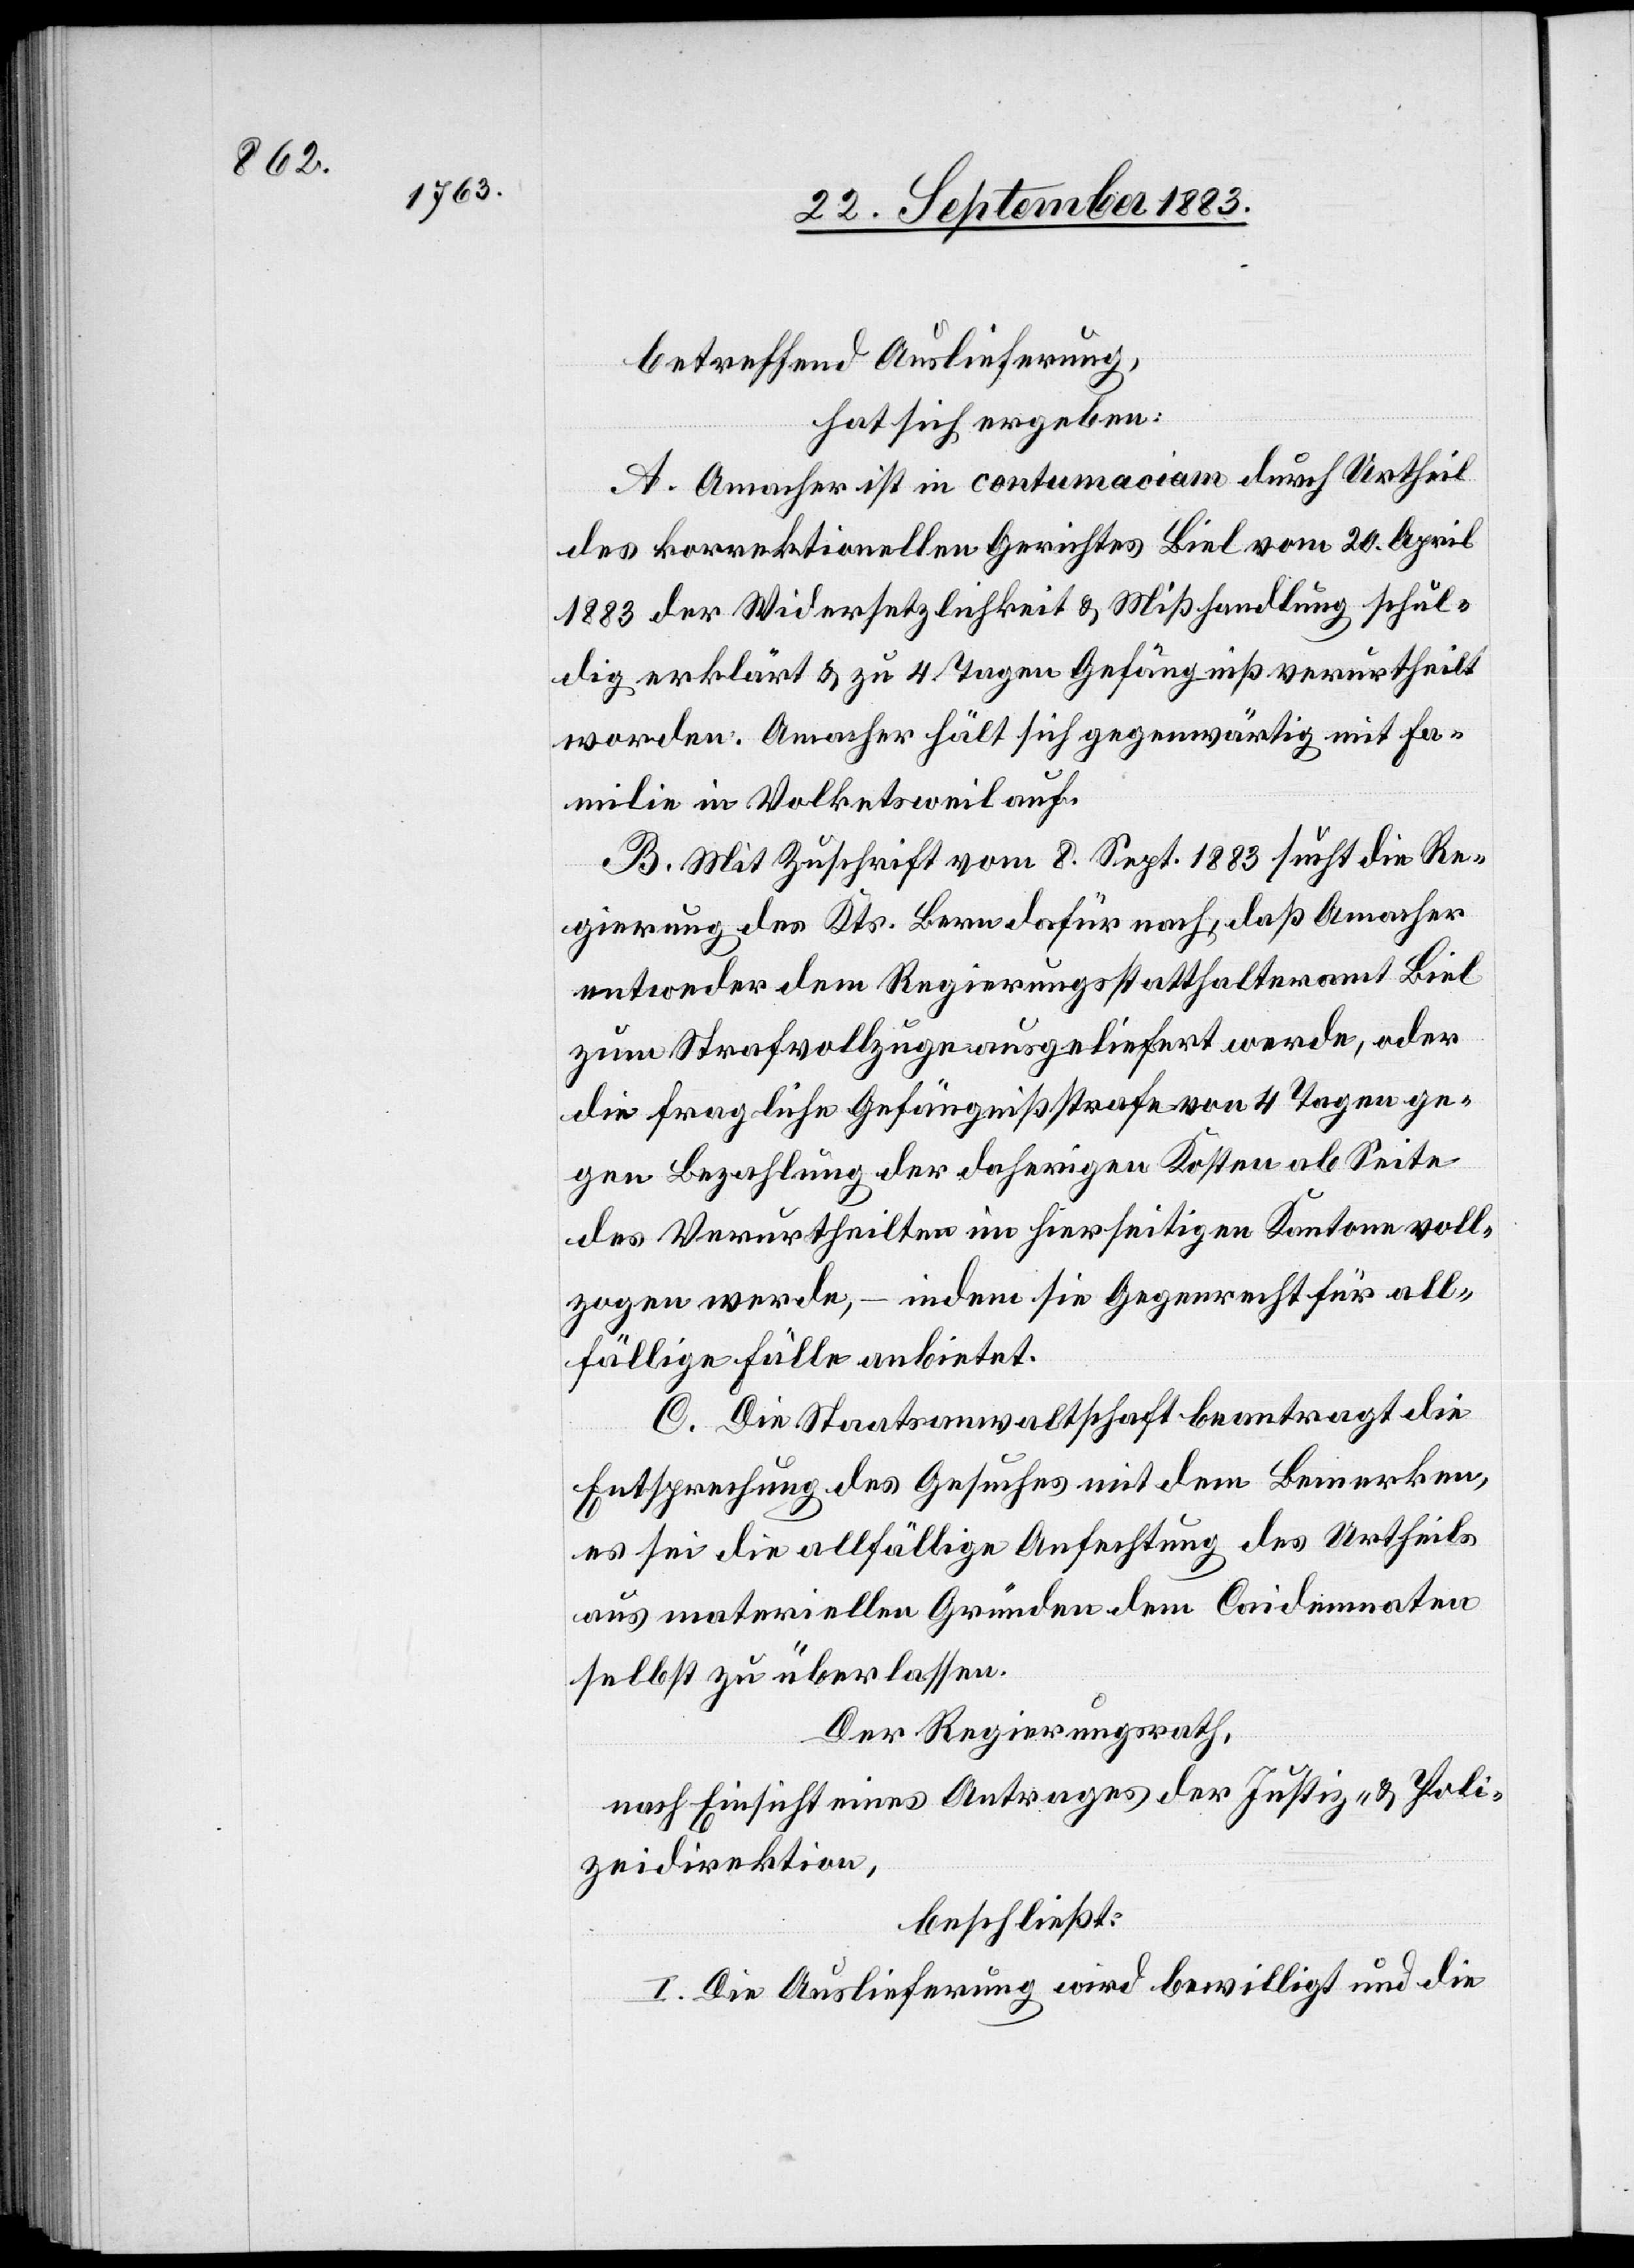
betreffend Auslieferung,
hat sich ergeben:
A. Amacher ist in contumaciam durch Urtheil
des korrektionellen Gerichtes Biel vom 20. April
1883 des Widersetzlichkeit & Mißhandlung schul¬
dig erklärt & zu 4 Tagen Gefängniß verurtheilt
worden. Amacher hält sich gegenwärtig mit Fa¬
milie in Volketsweil auf.
B. Mit Zuschrift vom 8. Sept. 1883 sucht die Re¬
gierung des Kts. Bern dafür nach, daß Amacher
entweder dem Regierungsstatthalteramt Biel
zum Strafvollzuge ausgeliefert werde, oder
die fragliche Gefängnißstrafe von 4 Tagen ge¬
gen Bezahlung der daherigen Kosten ab Seite
des Verurtheilten im hierseitigen Kantone voll¬
zogen werde, – indem sie Gegenrecht für all¬
fällige Fälle anbietet.
C. Die Staatsanwaltschaft beantragt die
Entsprechung des Gesuches mit dem Bemerken,
es sei die allfällige Anfechtung des Urtheils
aus materiellen Gründen dem Caidemnaten
Der Regierungsrath,
nach Einsicht eines Antrages der Justiz- & Poli¬
zeidirektion,
beschließt:
I. Die Auslieferung wird bewilligt und die